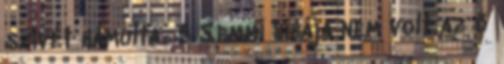
szívét bámulta. 3 Semmi hibája nem volt az ő